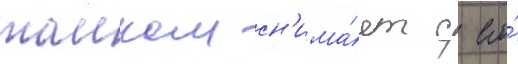
таиком сн'има́ет с его́